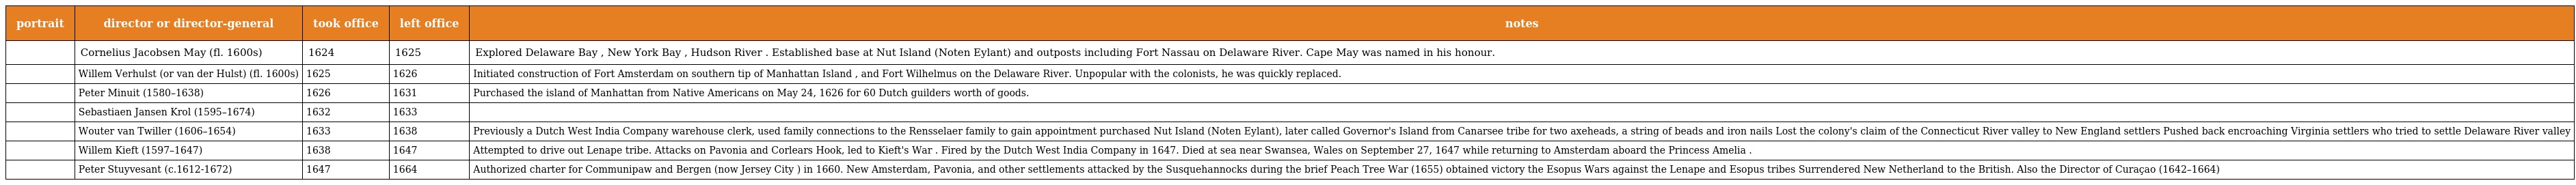
| portrait | director or director-general | took office | left office | notes |
 | --- | --- | --- | --- | --- |
 |  | Cornelius Jacobsen May (fl. 1600s) | 1624 | 1625 | Explored Delaware Bay , New York Bay , Hudson River . Established base at Nut Island (Noten Eylant) and outposts including Fort Nassau on Delaware River. Cape May was named in his honour. |
 |  | Willem Verhulst (or van der Hulst) (fl. 1600s) | 1625 | 1626 | Initiated construction of Fort Amsterdam on southern tip of Manhattan Island , and Fort Wilhelmus on the Delaware River. Unpopular with the colonists, he was quickly replaced. |
 |  | Peter Minuit (1580–1638) | 1626 | 1631 | Purchased the island of Manhattan from Native Americans on May 24, 1626 for 60 Dutch guilders worth of goods. |
 |  | Sebastiaen Jansen Krol (1595–1674) | 1632 | 1633 |  |
 |  | Wouter van Twiller (1606–1654) | 1633 | 1638 | Previously a Dutch West India Company warehouse clerk, used family connections to the Rensselaer family to gain appointment purchased Nut Island (Noten Eylant), later called Governor's Island from Canarsee tribe for two axeheads, a string of beads and iron nails Lost the colony's claim of the Connecticut River valley to New England settlers Pushed back encroaching Virginia settlers who tried to settle Delaware River valley |
 |  | Willem Kieft (1597–1647) | 1638 | 1647 | Attempted to drive out Lenape tribe. Attacks on Pavonia and Corlears Hook, led to Kieft's War . Fired by the Dutch West India Company in 1647. Died at sea near Swansea, Wales on September 27, 1647 while returning to Amsterdam aboard the Princess Amelia . |
 |  | Peter Stuyvesant (c.1612-1672) | 1647 | 1664 | Authorized charter for Communipaw and Bergen (now Jersey City ) in 1660. New Amsterdam, Pavonia, and other settlements attacked by the Susquehannocks during the brief Peach Tree War (1655) obtained victory the Esopus Wars against the Lenape and Esopus tribes Surrendered New Netherland to the British. Also the Director of Curaçao (1642–1664) |